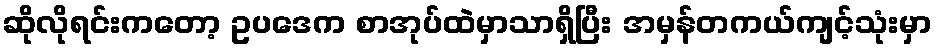
ဆိုလိုရင်းကတော့ ဥပဒေက စာအုပ်ထဲမှာသာရှိပြီး အမှန်တကယ်ကျင့်သုံးမှာ